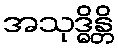
အသုဒ္ဓိန္တိ